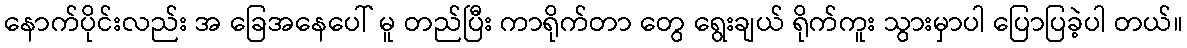
နောက်ပိုင်းလည်း အ ခြေအနေပေါ် မူ တည်ပြီး ကာရိုက်တာ တွေ ရွေးချယ် ရိုက်ကူး သွားမှာပါ ပြောပြခဲ့ပါ တယ်။